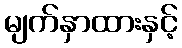
မျက်နှာထားနှင့်